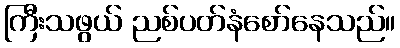
ကြီးသဖွယ် ညစ်ပတ်နံစော်နေသည်။